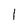
Character: 1